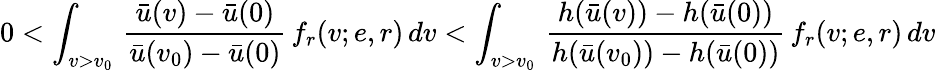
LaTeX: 0<\int_{v>v_{0}}\, \frac{\bar{u}(v)-\bar{u}(0)}{\bar{u}(v_{0})-\bar{u}(0)}\, f_{r}(v;e,r)\, dv<\int_{v>v_{0}}\, \frac{h(\bar{u}(v))-h(\bar{u}(0))}{h(\bar{u}(v_{0}))-h(\bar{u}(0))}\, f_{r}(v;e,r)\, dv